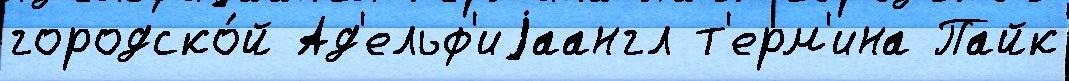
городско́й Ад'ельф'иjаангл т'ерм'ина Пайк